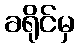
ခရိုင်မှ